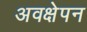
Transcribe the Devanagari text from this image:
अवक्षेपन